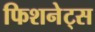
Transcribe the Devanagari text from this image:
फिशनेट्स